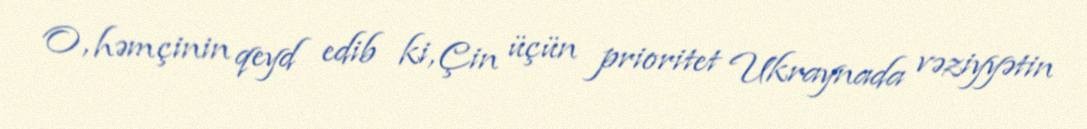
O, həmçinin qeyd edib ki, Çin üçün prioritet Ukraynada vəziyyətin